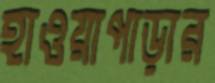
হাওয়াপাড়ার